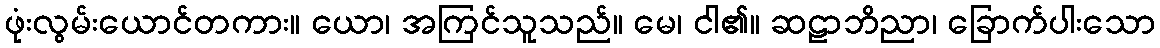
ဖုံးလွမ်းယောင်တကား။ ယော၊ အကြင်သူသည်။ မေ၊ ငါ၏။ ဆဠာဘိညာ၊ ခြောက်ပါးသော